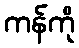
ကန်ကို